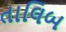
તાલિબ